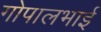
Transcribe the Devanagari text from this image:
गोपालभाई